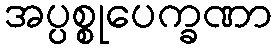
အပ္ပစ္စုပေက္ခဏာ